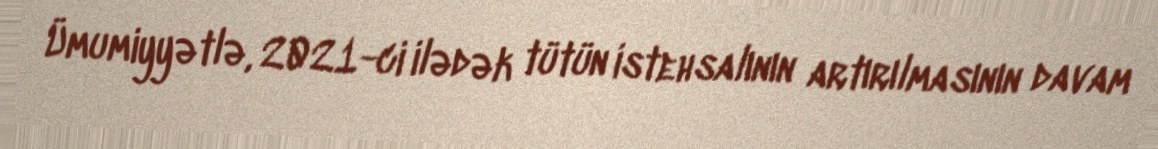
Ümumiyyətlə, 2021-ci ilədək tütün istehsalının artırılmasının davam